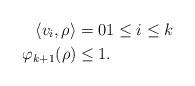
LaTeX: \begin{align*}\langle v_i , \rho \rangle &= 0 1 \leq i \leq k \\\varphi_{k+1}(\rho) & \leq 1.\end{align*}